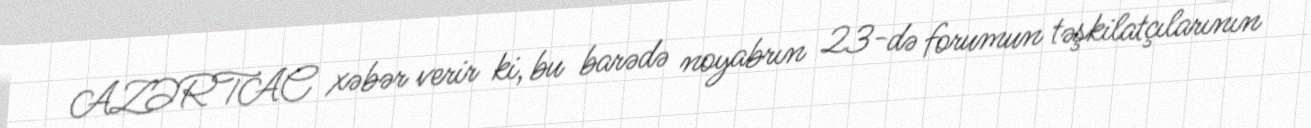
AZƏRTAC xəbər verir ki, bu barədə noyabrın 23-də forumun təşkilatçılarının